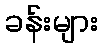
ခန်းများ